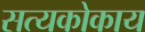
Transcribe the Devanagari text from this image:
सत्यकोकाय